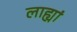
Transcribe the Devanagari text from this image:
लाह्यां